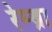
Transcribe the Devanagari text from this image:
रेम्ब्रा